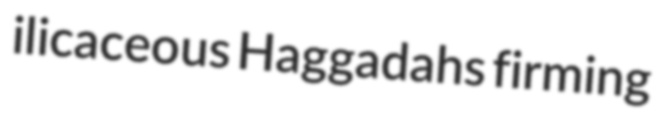
ilicaceous Haggadahs firming